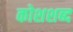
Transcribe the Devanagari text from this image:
कोशशब्द